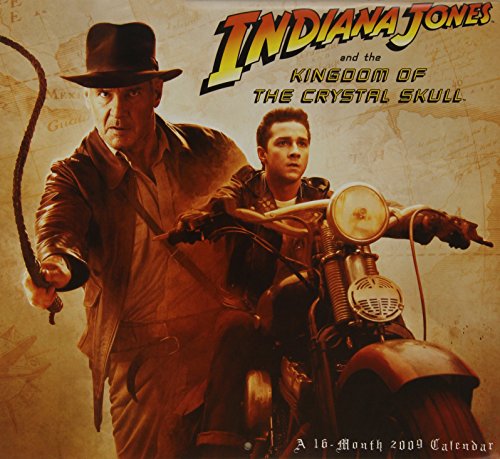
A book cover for Indiana Jones and The Kingdom of the Crystal Skull 2009 Calendar; Calendars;